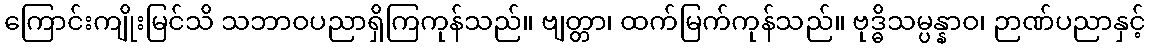
ကြောင်းကျိုးမြင်သိ သဘာဝပညာရှိကြကုန်သည်။ ဗျတ္တာ၊ ထက်မြက်ကုန်သည်။ ဗုဒ္ဓိသမ္ပန္နာဝ၊ ဉာဏ်ပညာနှင့်